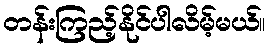
တန်းကြည့်နိုင်ပါလိမ့်မယ်။